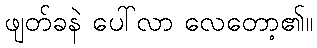
ဖျတ်ခနဲ ပေါ်လာ လေတော့၏။